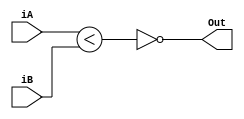
`timescale 1ns/1ps
module RSA_comp (
	input	[1023:0]	iA, iB,
	output				Out );
assign Out = ~(iA<iB);
endmodule